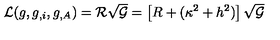
{ \cal L } ( g , g _ { , i } , g _ { , A } ) = { \cal R } \sqrt { { \cal G } } = \left[ R + ( \kappa ^ { 2 } + h ^ { 2 } ) \right] \sqrt { { \cal G } }